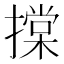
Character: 𢴤